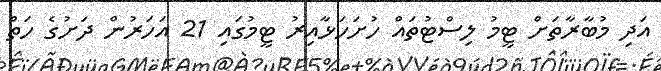
އަދި މުބާރާތަށް ޓީމު ލިސްޓުތައް ހުށަހަޅާއިރު ޓީމުގައި 21 އަހަރުން ދަށުގެ ހަތް